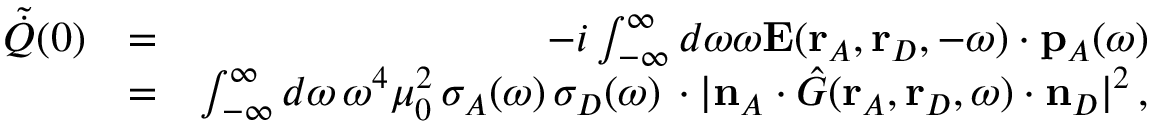
\begin{array} { r l r } { \tilde { \dot { Q } } ( 0 ) } & { = } & { - i \int _ { - \infty } ^ { \infty } d \omega \omega \mathbf { E } ( \mathbf { r } _ { A } , \mathbf { r } _ { D } , - \omega ) \cdot { \mathbf { p } } _ { A } ( \omega ) } \\ & { = } & { \int _ { - \infty } ^ { \infty } d \omega \, \omega ^ { 4 } \mu _ { 0 } ^ { 2 } \, \sigma _ { A } ( \omega ) \, \sigma _ { D } ( \omega ) \, \cdot | \mathbf { n } _ { A } \cdot \hat { G } ( \mathbf { r } _ { A } , \mathbf { r } _ { D } , \omega ) \cdot \mathbf { n } _ { D } | ^ { 2 } \, , } \end{array}